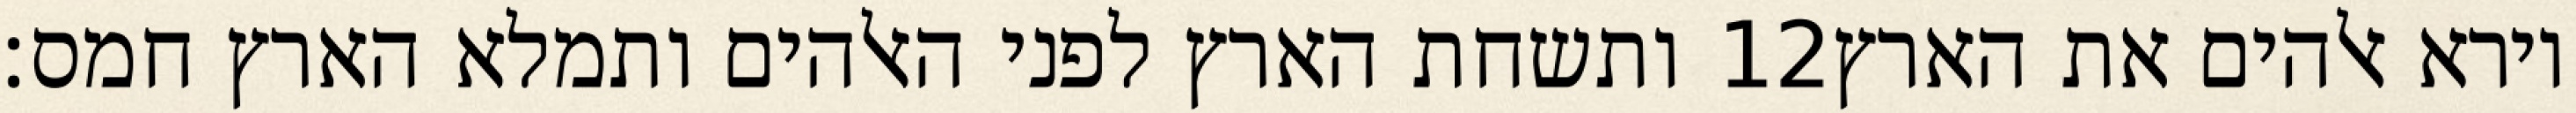
ותשחת הארץ לפני האלהים ותמלא הארץ חמס׃ ‎12‏ וירא אלהים את הארץ